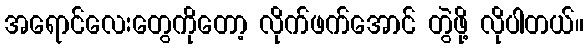
အရောင်လေးတွေကိုတော့ လိုက်ဖက်အောင် တွဲဖို့ လိုပါတယ်။